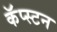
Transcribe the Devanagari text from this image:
कॅप्स्टन